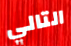
التالي